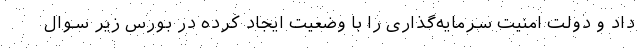
داد و دولت امنیت سرمایه‌گذاری را با وضعیت ایجاد کرده در بورس زیر سوال